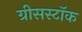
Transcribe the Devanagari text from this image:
ग्रीसस्टॉक